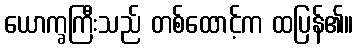
ယောက္ခကြီးသည် တစ်ထောင့်က ထပြန်၏။